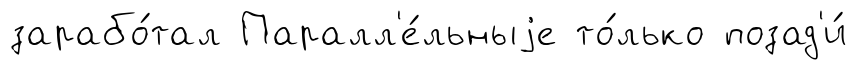
зарабо́тал Паралл'е́льныjе то́лько позад'и́